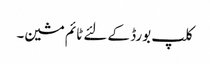
کلپ بورڈ کے لئے ٹائم مشین۔